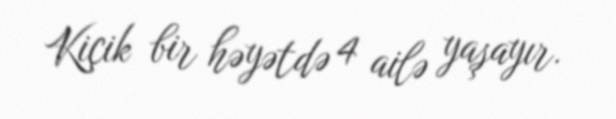
Kiçik bir həyətdə 4 ailə yaşayır.